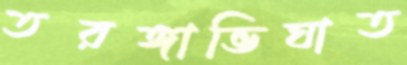
তরঙ্গাভিঘাত